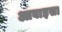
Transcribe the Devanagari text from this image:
आबाइसा